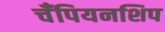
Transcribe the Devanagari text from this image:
चॅंपियनशिप